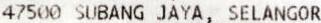
47500 SUBANG JAYA, SELANGOR